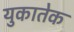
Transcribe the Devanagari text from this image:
युकातेक